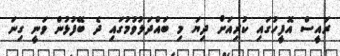
ރައީސް އޮފީހުގައި ކުރިއަށް ދިޔަ މި ބައްދަލުވުމުގައި ދެ ބޭފުޅުން ވަނީ ގިނަ